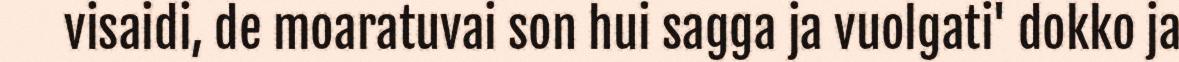
visaidi, de moaratuvai son hui sagga ja vuolgati' dokko ja